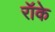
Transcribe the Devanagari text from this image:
रॉके